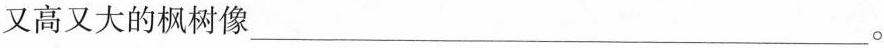
又高又大的枫树像___。